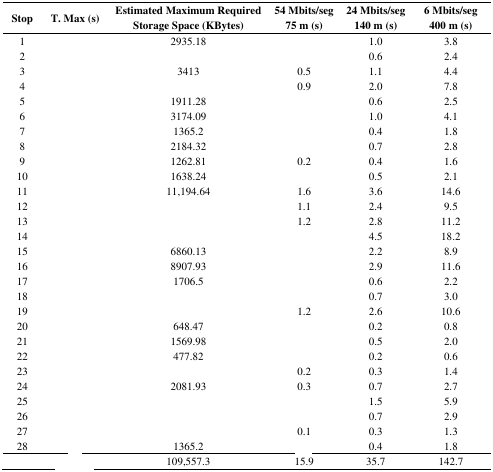
<table><thead><tr><td><b>Stop</b></td><td><b>T. Max (s)</b></td><td><b>Estimated Maximum Required Storage Space (KBytes)</b></td><td><b>54 Mbits/seg 75 m (s)</b></td><td><b>24 Mbits/seg 140 m (s)</b></td><td><b>6 Mbits/seg 400 m (s)</b></td></tr></thead><tbody><tr><td>1</td><td>[EMPTY_CELL]</td><td>2935.18</td><td>[EMPTY_CELL]</td><td>1.0</td><td>3.8</td></tr><tr><td>2</td><td>[EMPTY_CELL]</td><td>[EMPTY_CELL]</td><td>[EMPTY_CELL]</td><td>0.6</td><td>2.4</td></tr><tr><td>3</td><td>[EMPTY_CELL]</td><td>3413</td><td>0.5</td><td>1.1</td><td>4.4</td></tr><tr><td>4</td><td>[EMPTY_CELL]</td><td>[EMPTY_CELL]</td><td>0.9</td><td>2.0</td><td>7.8</td></tr><tr><td>5</td><td>[EMPTY_CELL]</td><td>1911.28</td><td>[EMPTY_CELL]</td><td>0.6</td><td>2.5</td></tr><tr><td>6</td><td>[EMPTY_CELL]</td><td>3174.09</td><td>[EMPTY_CELL]</td><td>1.0</td><td>4.1</td></tr><tr><td>7</td><td>[EMPTY_CELL]</td><td>1365.2</td><td>[EMPTY_CELL]</td><td>0.4</td><td>1.8</td></tr><tr><td>8</td><td>[EMPTY_CELL]</td><td>2184.32</td><td>[EMPTY_CELL]</td><td>0.7</td><td>2.8</td></tr><tr><td>9</td><td>[EMPTY_CELL]</td><td>1262.81</td><td>0.2</td><td>0.4</td><td>1.6</td></tr><tr><td>10</td><td>[EMPTY_CELL]</td><td>1638.24</td><td>[EMPTY_CELL]</td><td>0.5</td><td>2.1</td></tr><tr><td>11</td><td>[EMPTY_CELL]</td><td>11,194.64</td><td>1.6</td><td>3.6</td><td>14.6</td></tr><tr><td>12</td><td>[EMPTY_CELL]</td><td>[EMPTY_CELL]</td><td>1.1</td><td>2.4</td><td>9.5</td></tr><tr><td>13</td><td>[EMPTY_CELL]</td><td>[EMPTY_CELL]</td><td>1.2</td><td>2.8</td><td>11.2</td></tr><tr><td>14</td><td>[EMPTY_CELL]</td><td>[EMPTY_CELL]</td><td>[EMPTY_CELL]</td><td>4.5</td><td>18.2</td></tr><tr><td>15</td><td>[EMPTY_CELL]</td><td>6860.13</td><td>[EMPTY_CELL]</td><td>2.2</td><td>8.9</td></tr><tr><td>16</td><td>[EMPTY_CELL]</td><td>8907.93</td><td>[EMPTY_CELL]</td><td>2.9</td><td>11.6</td></tr><tr><td>17</td><td>[EMPTY_CELL]</td><td>1706.5</td><td>[EMPTY_CELL]</td><td>0.6</td><td>2.2</td></tr><tr><td>18</td><td>[EMPTY_CELL]</td><td>[EMPTY_CELL]</td><td>[EMPTY_CELL]</td><td>0.7</td><td>3.0</td></tr><tr><td>19</td><td>[EMPTY_CELL]</td><td>[EMPTY_CELL]</td><td>1.2</td><td>2.6</td><td>10.6</td></tr><tr><td>20</td><td>[EMPTY_CELL]</td><td>648.47</td><td>[EMPTY_CELL]</td><td>0.2</td><td>0.8</td></tr><tr><td>21</td><td>[EMPTY_CELL]</td><td>1569.98</td><td>[EMPTY_CELL]</td><td>0.5</td><td>2.0</td></tr><tr><td>22</td><td>[EMPTY_CELL]</td><td>477.82</td><td>[EMPTY_CELL]</td><td>0.2</td><td>0.6</td></tr><tr><td>23</td><td>[EMPTY_CELL]</td><td>[EMPTY_CELL]</td><td>0.2</td><td>0.3</td><td>1.4</td></tr><tr><td>24</td><td>[EMPTY_CELL]</td><td>2081.93</td><td>0.3</td><td>0.7</td><td>2.7</td></tr><tr><td>25</td><td>[EMPTY_CELL]</td><td>[EMPTY_CELL]</td><td>[EMPTY_CELL]</td><td>1.5</td><td>5.9</td></tr><tr><td>26</td><td>[EMPTY_CELL]</td><td>[EMPTY_CELL]</td><td>[EMPTY_CELL]</td><td>0.7</td><td>2.9</td></tr><tr><td>27</td><td>[EMPTY_CELL]</td><td>[EMPTY_CELL]</td><td>0.1</td><td>0.3</td><td>1.3</td></tr><tr><td>28</td><td>[EMPTY_CELL]</td><td>1365.2</td><td>[EMPTY_CELL]</td><td>0.4</td><td>1.8</td></tr><tr><td>[EMPTY_CELL]</td><td>[EMPTY_CELL]</td><td>109,557.3</td><td>15.9</td><td>35.7</td><td>142.7</td></tr></tbody></table>